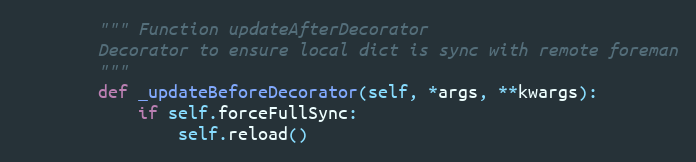
Language: Python
        """ Function updateAfterDecorator
        Decorator to ensure local dict is sync with remote foreman
        """
        def _updateBeforeDecorator(self, *args, **kwargs):
            if self.forceFullSync:
                self.reload()